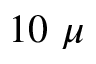
1 0 \ \mu